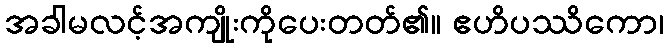
အခါမလင့်အကျိုးကိုပေးတတ်၏။ ဧဟိပဿိကော၊